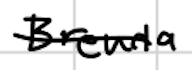
Text: Brenda
Cross-out: single-line
Writing tool: digital_black